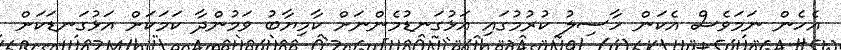
އެހެން ނަމަވެސް އެކަން ހާސިލު ކުރުމުގައި އަޅުގަނޑުމެންނަށް ކާމިޔާބު ވަމުންދާ ކަމަކަށް އަޅުގަނޑަކަށް